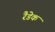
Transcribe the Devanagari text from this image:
रैडेक